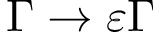
\Gamma \rightarrow \varepsilon \Gamma